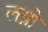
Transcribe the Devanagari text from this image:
लग्नो